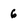
Character: 6